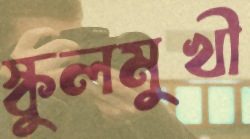
স্কুলমুখী